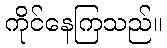
ကိုင်နေကြသည်။